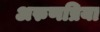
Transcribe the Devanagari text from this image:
अरुणप्रिया